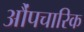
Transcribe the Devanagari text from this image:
औंपचारिक